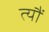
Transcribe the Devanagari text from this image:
त्‍यौं